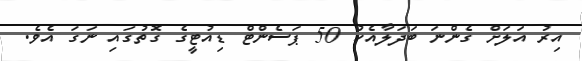
އިރު އަލަށް ގެންނަ ބަދަލާއެކު 50 ޕަސެންޓް ޑިއުޓީގެ ގޮތުގައި ނަގަ އެވެ.